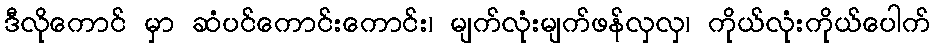
ဒီလိုကောင် မှာ ဆံပင်ကောင်းကောင်း၊ မျက်လုံးမျက်ဖန်လှလှ၊ ကိုယ်လုံးကိုယ်ပေါက်